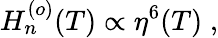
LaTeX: H_{n}^{(o)}(T)\propto\eta^{6}(T)\; ,